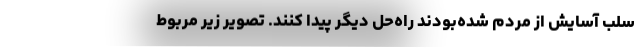
سلب آسایش از مردم شده‌بودند راه‌حل دیگر پیدا کنند. تصویر زیر مربوط